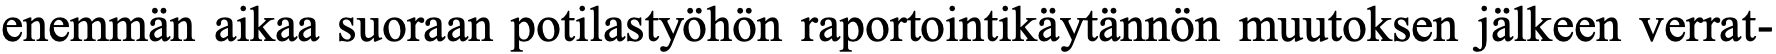
enemmän aikaa suoraan potilastyöhön raportointikäytännön muutoksen jälkeen verrat-